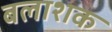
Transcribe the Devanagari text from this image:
बलाशक